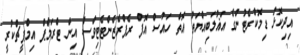
އިދިކޮޅު ޑިމޮކްރެޓުންގެ އަޣުލަބިއްޔަތު އޮތް ހައުސް އޮފް ރެޕްރެޒެންޓެޓިވްސް އިން ޓްރަމްޕް އިމްޕީޗްކުރީ